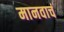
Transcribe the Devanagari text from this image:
मानवाचं